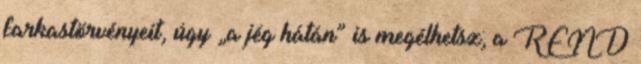
farkastör­vényeit, úgy „a jég hátán” is megélhetsz; a REND